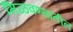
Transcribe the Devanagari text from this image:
मिळवण्यातील